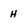
Character: h